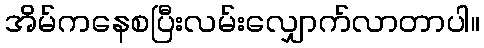
အိမ်ကနေစပြီးလမ်းလျှောက်လာတာပါ။